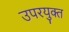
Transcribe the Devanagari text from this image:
उपरयुक्त